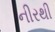
નીરથી